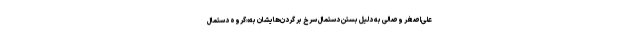
علی‌اصغر وصالی به دلیل بستن دستمال سرخ بر گردن‌هایشان به«گروه دستمال